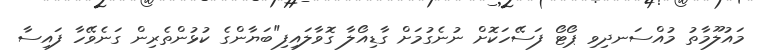
މައުލޫމާތު މުއްސަނދިވި ޕޯޓޯ ފަސޭހަކޮށް ނުނެގުމަށް ގާޑިއޯލާ ގޮވާލައިފި"ބަޔާންގެ ކުޅުންތެރިން ގަނެވޭހާ ފައިސާ